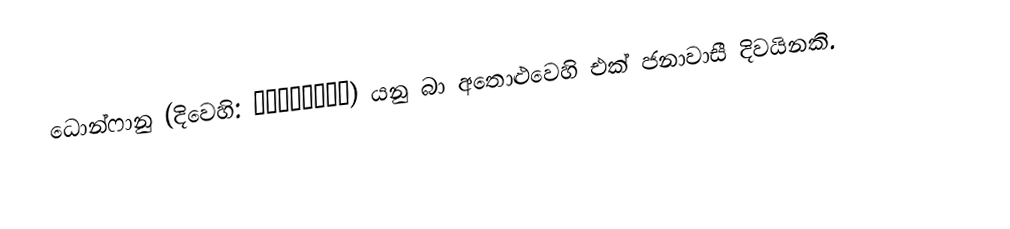
ධොන්ෆානු  (දිවෙහි: ދޮންފަނު) යනු   බා අතොළුවෙහි එක් ජනාවාසී දිවයිනකි.